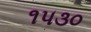
૧૫૩૦